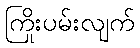
ကြိုးပမ်းလျက်